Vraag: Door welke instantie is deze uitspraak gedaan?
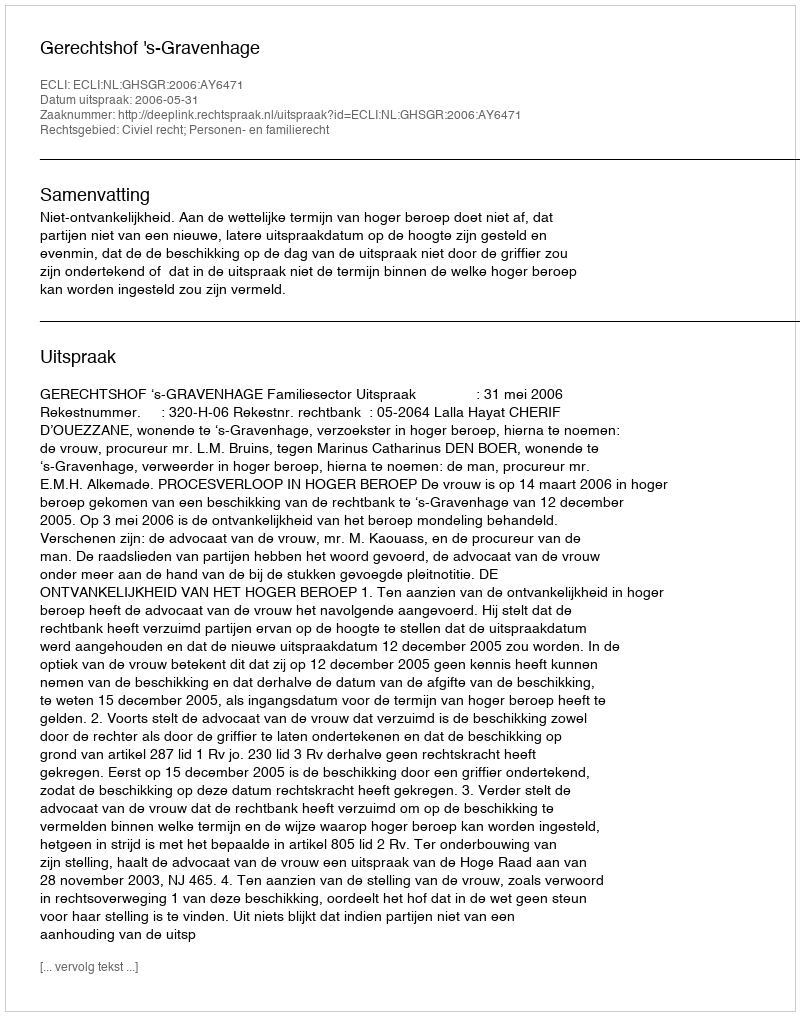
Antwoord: Gerechtshof 's-Gravenhage